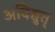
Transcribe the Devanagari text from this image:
अविद्युत्